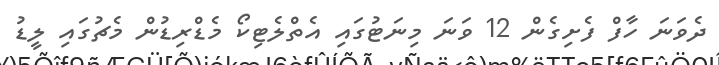
ދެވަނަ ހާފް ފެށިގެން 12 ވަނަ މިނަޓުގައި އެތްލެޓިކޯ މެޑްރިޑުން މެޗުގައި ލީޑު